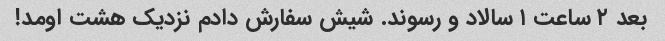
بعد ۲ ساعت ۱ سالاد و رسوند. شیش سفارش دادم نزدیک هشت اومد!